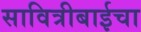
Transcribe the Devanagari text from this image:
सावित्रीबाईचा